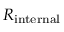
R _ { \mathrm { i n t e r n a l } }